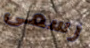
رسمى